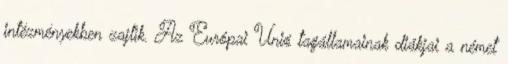
intézményekben zajlik. Az Európai Unió tagállamainak diákjai a német